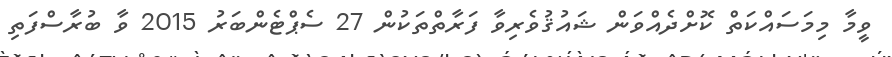
ވީމާ މިމަސައްކަތް ކޮށްދެއްވަން ޝައުޤުވެރިވާ ފަރާތްތަކުން 27 ސެޕްޓެންބަރު 2015 ވާ ބުރާސްފަތި